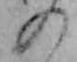
の